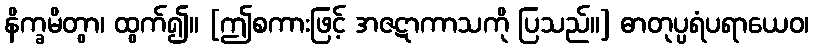
နိက္ခမိတွာ၊ ထွက်၍။ [ဤစကားဖြင့် အဇဋာကာသကို ပြသည်။] ဓာတုပ္ပရံပရာယေဝ၊